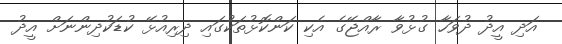
އަދި އީދު ދުވަހާ ގުޅުވާ ރާއްޖޭގެ އެކި ކަންކޮޅުތަކުގައި ދިރިއުޅޭ ކުޑަކުދިންނަށް އީދު